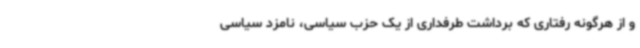
و از هرگونه رفتاری که برداشت طرفداری از یک حزب سیاسی، نامزد سیاسی